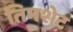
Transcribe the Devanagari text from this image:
तिमशेट